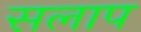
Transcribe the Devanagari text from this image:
सलाप